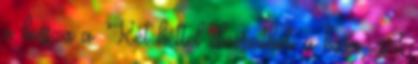
a hossza a. Két héttel elveszítheti a hasa zsírt